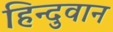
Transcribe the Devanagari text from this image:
हिन्दुवान